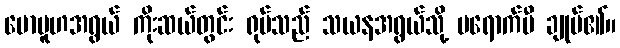
မောမူဟအရွယ် ကိုးဆယ်တွင်း ရုပ်သည် သယနအရွယ်သို့ မရောက်မီ ချုပ်၏။